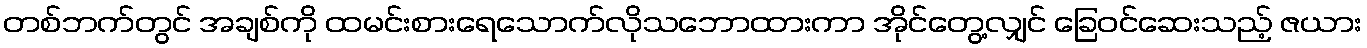
တစ်ဘက်တွင် အချစ်ကို ထမင်းစားရေသောက်လိုသဘောထားကာ အိုင်တွေ့လျှင် ခြေဝင်ဆေးသည့် ဇယား